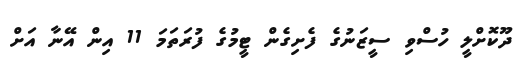
ދޫކޮށްލީ ހުސްވި ސީޒަނުގެ ފެށިގެން ޓީމުގެ ފުރަތަމަ 11 އިން އޭނާ އަށް